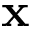
\textbf { x }